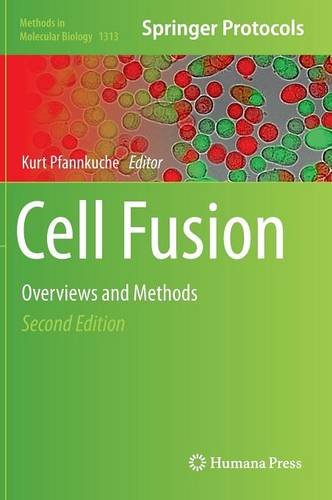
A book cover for Cell Fusion: Overviews and Methods (Methods in Molecular Biology); Medical Books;